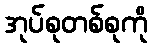
အုပ်စုတစ်စုကို